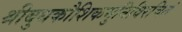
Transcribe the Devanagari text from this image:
श्रीबुधकौशिकमुनिविरचितं